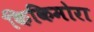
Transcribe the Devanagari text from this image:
किकिमोरा